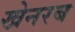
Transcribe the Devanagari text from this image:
खेनरब